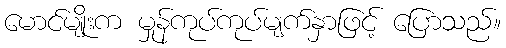
မောင်မျိုးက မှုန်ကုပ်ကုပ်မျက်နှာဖြင့် ပြောသည်။